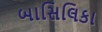
બાસિલિકા